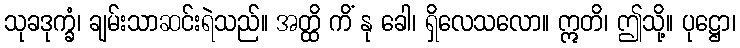
သုခဒုက္ခံ၊ ချမ်းသာဆင်းရဲသည်။ အတ္ထိ ကိံ နု ခေါ၊ ရှိလေသလော။ ဣတိ၊ ဤသို့။ ပုဋ္ဌော၊